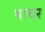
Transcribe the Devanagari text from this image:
थाचर